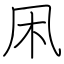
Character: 凩